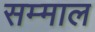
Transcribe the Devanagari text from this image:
सम्माल